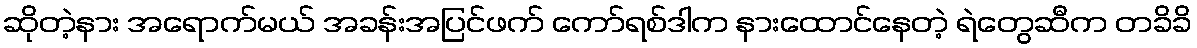
ဆိုတဲ့နား အရောက်မယ် အခန်းအပြင်ဖက် ကော်ရစ်ဒါက နားထောင်နေတဲ့ ရဲတွေဆီက တခိခိ